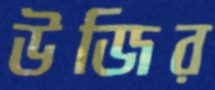
উজির